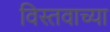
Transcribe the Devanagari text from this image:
विस्तवाच्या